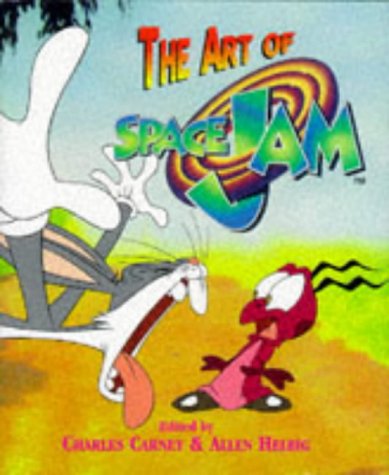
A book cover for The Art of Space Jam; Humor & Entertainment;